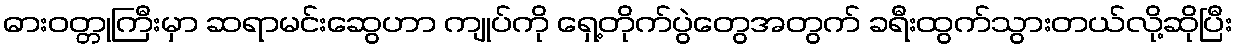
ဓားဝတ္တုကြီးမှာ ဆရာမင်းဆွေဟာ ကျုပ်ကို ရှေ့တိုက်ပွဲတွေအတွက် ခရီးထွက်သွားတယ်လို့ဆိုပြီး